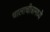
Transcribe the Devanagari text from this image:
चालाचीत्रामध्ये